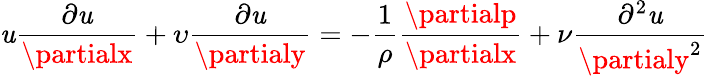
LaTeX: \mathit{u}{\frac{{\partial\mathit{u}}}{{\partialx}}}+\upsilon{\frac{{\partial\mathit{u}}}{{\partialy}}}=-{\frac{{1}}{{\rho}}}{\frac{{\partialp}}{{\partialx}}}+{\nu}{\frac{{\partial^{2}\mathit{u}}}{{\partialy^{2}}}}